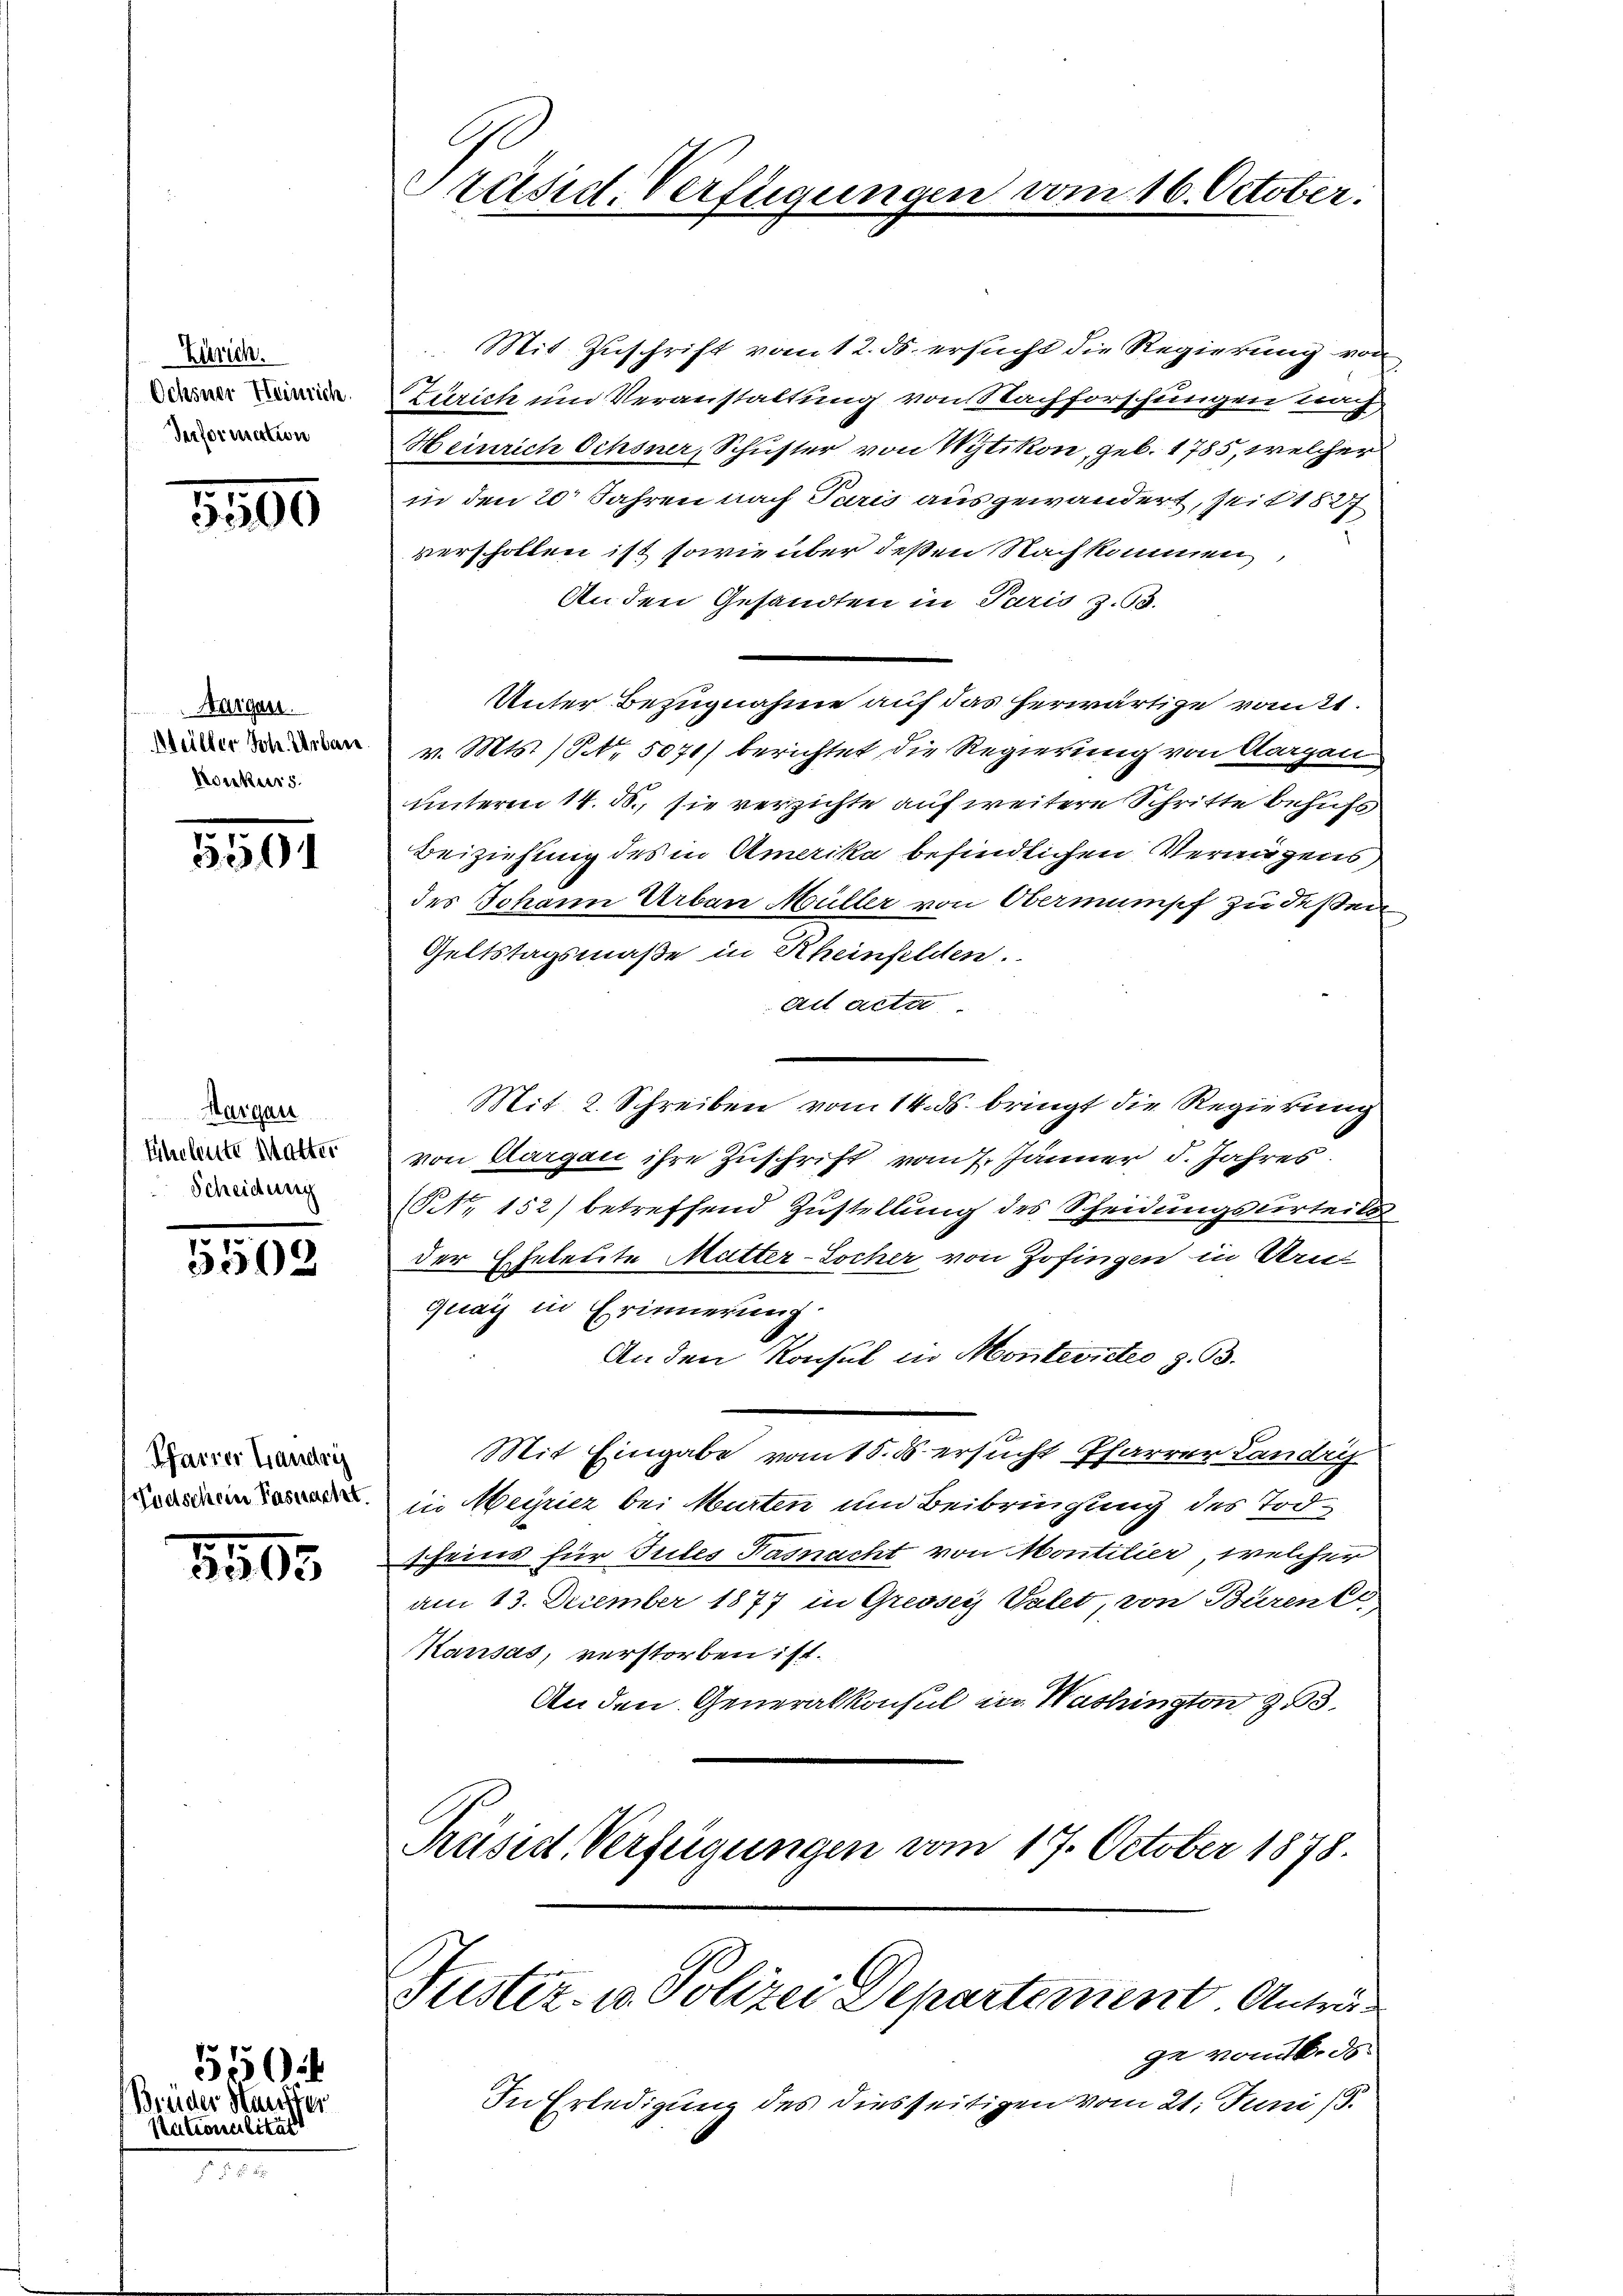
Zürich.
Ochsner Heinrich.
Performation

5500

Maigen.
Meiller Joh. Urban
Konkurs

5501

Margau
Eheleute Matter
Scheidung

5509

Pfarrer Lander
Todschein Pasnacht.

5505

550
Bruder Hauster
Nationalität

Präsid. Verfügungen vom 16. October.

Mit Zuschrift vom 12. ds. ersucht die Regierung von
Zürich und Veranstaltung von Nachforschungen trag,
Heinrich Ochsner, Schuster von Wytikon, geb. 1785, welcher
in den 20 Jahren nach Paris ausgewandert, seit 1827
verschollen ist, sowie über deßen Nachkommen,
An den Gesandten in Paris z. B.
Unter Bezugnahme auf das herwärtige vott.
v. Mts. (Nr. 5071) berichtet die Regierung von Aargau
unterm 14. ds., sie verzichte auf weitere Schritte behufs
Beiziehung des in Amerika befindlichen Vermögens,
des Johann Urban Müller von Oberminsch zu dessen
Geltstagsmaße in Rheinfelden.
Art acte |
Mit 2. Schreiben vom 14. ds. bringt die Regierung
von Aargau ihre Zuschrift vom 7. Jänner d. Jahres
(NNo. 152) betreffend Zustellung des Scheidungsurteils
der Eheleute Mutter-Socher von Zofingen in Bruquai in Erinnerung
An den Konsul in Montevirtes z. B.
Mit Eingabe vom 15. ds. ersucht Pfarrer Landri
in Meyriez bei Murten und Beibringung des Todscheins für Tutes Fasnacht von Montilier, welchen
am 13. December 1877 in Gresser Vater, von Bärente,
Kausas, verstorben ist.
An den Generalkonsul in Washington 23.
Präsid. Verfügungen vom 17. October 1878.
Justiz- u. Polizei Departement. Anträge vom 16. ds.
In Erledigung des diesseitigen vom 21. Juni 13.